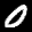
Label: 0